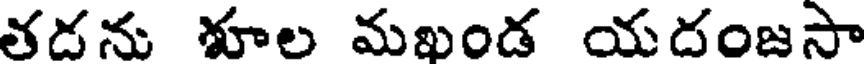
తడను శూల మఖండ యదంజసా